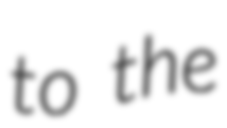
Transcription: to the